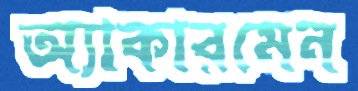
অ্যাকারমেন